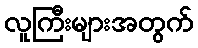
လူကြီးများအတွက်